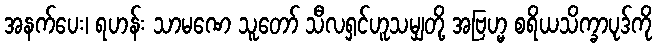
အနက်ပေး၊ ရဟန်း သာမဏေ သူတော် သီလရှင်ဟူသမျှတို့ အဗြဟ္မ စရိယသိက္ခာပုဒ်ကို